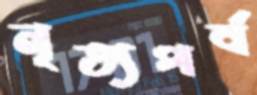
নৃত্যপর্ব